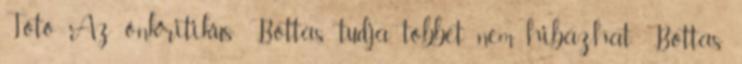
Toto Az önkritikus Bottas tudja, többet nem hibázhat Bottas